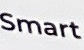
Smart